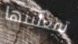
تفعلينها